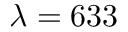
\lambda = 6 3 3